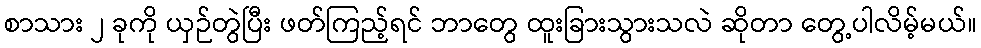
စာသား ၂ ခုကို ယှဉ်တွဲပြီး ဖတ်ကြည့်ရင် ဘာတွေ ထူးခြားသွားသလဲ ဆိုတာ တွေ့ပါလိမ့်မယ်။